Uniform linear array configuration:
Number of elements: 32
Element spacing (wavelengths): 0.75
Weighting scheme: kaiser
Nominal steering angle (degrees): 30
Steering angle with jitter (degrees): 31.158
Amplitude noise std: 0.05
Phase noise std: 0.05

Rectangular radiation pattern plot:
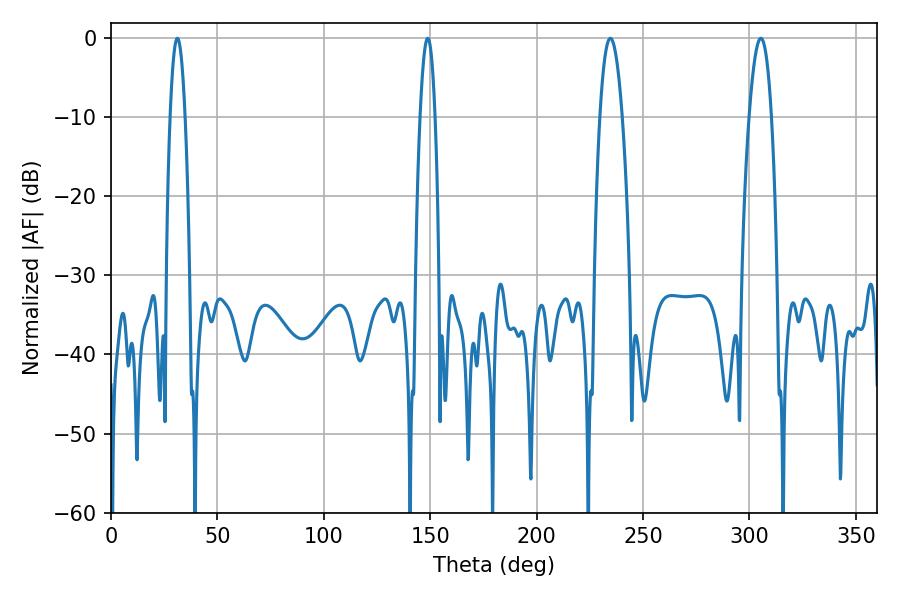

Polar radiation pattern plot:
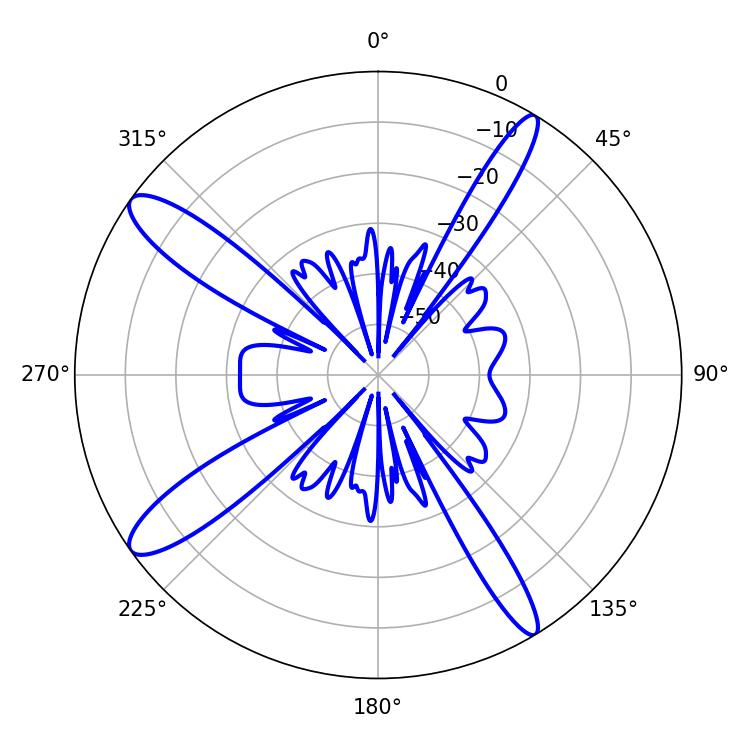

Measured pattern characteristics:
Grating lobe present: TRUE
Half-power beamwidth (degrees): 3.78
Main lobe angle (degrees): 31.14